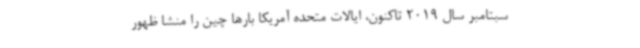
سبتامبر سال 2019 تاکنون، ایالات متحده آمریکا بارها چین را منشا ظهور